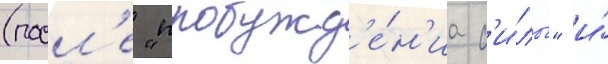
(посл'е "пробужд'е́н'иа с'и́лы" и́